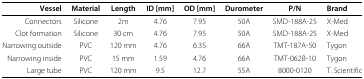
<table><thead><tr><td><b>Vessel</b></td><td><b>Material</b></td><td><b>Length</b></td><td><b>ID [mm]</b></td><td><b>OD [mm]</b></td><td><b>Durometer</b></td><td><b>P/N</b></td><td><b>Brand</b></td></tr></thead><tbody><tr><td>Connectors</td><td>Silicone</td><td>2m</td><td>4.76</td><td>7.95</td><td>50A</td><td>SMD-188A-25</td><td>X-Med</td></tr><tr><td>Clot formation</td><td>Silicone</td><td>30 cm</td><td>4.76</td><td>7.95</td><td>50A</td><td>SMD-188A-25</td><td>X-Med</td></tr><tr><td>Narrowing outside</td><td>PVC</td><td>120 mm</td><td>4.76</td><td>6.35</td><td>66A</td><td>TMT-187A-50</td><td>Tygon</td></tr><tr><td>Narrowing inside</td><td>PVC</td><td>15 mm</td><td>1.59</td><td>4.76</td><td>66A</td><td>TMT-062B-10</td><td>Tygon</td></tr><tr><td>Large tube</td><td>PVC</td><td>120 mm</td><td>9.5</td><td>12.7</td><td>55A</td><td>8000-0120</td><td>T. Scientific</td></tr></tbody></table>